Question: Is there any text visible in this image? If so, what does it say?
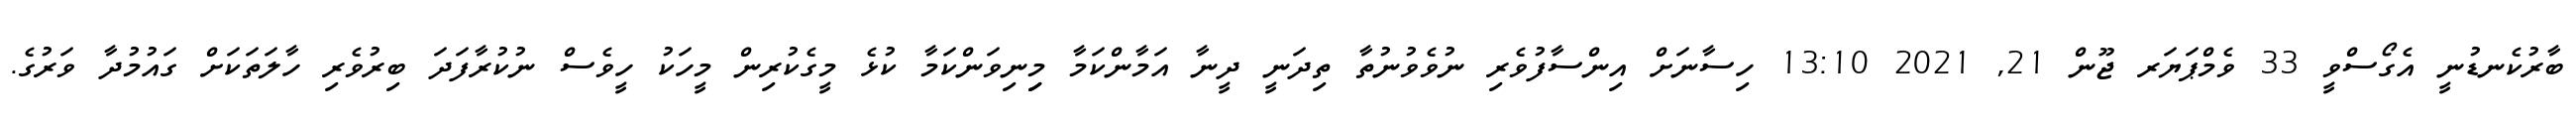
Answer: ބާރުކެނޑުނީ އެގޯސްވީ 33 ވެމްޕަޔަރ ޖޫން 21, 2021 13:10 ހިސާނަށް އިންސާފުވެރި ނުވެވުނުތާ ތިދަނީ ދީނާ އަމާންކަމާ މިިނިވަންކަމާ ކުޅެ މީގެކުރިން މީހަކު ހީވެސް ނުކުރާފަދަ ބިރުވެރި ހާލަތަކަށް ގައުމުދާ ވަރުގެ.